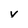
Character: y